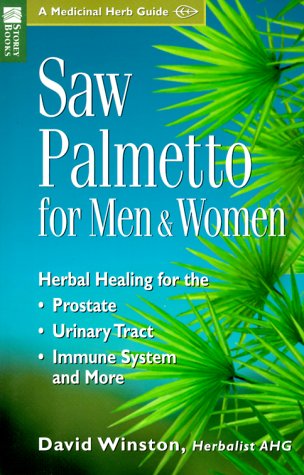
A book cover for Saw Palmetto for Men & Women: Herbal Healing for the Prostate, Urinary Tract, Immune System and More (Medicinal Herb Guide); David Winston AHG; Health, Fitness & Dieting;